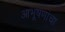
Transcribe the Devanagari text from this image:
आभूषणांचा